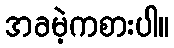
အခမဲ့ကစားပါ။